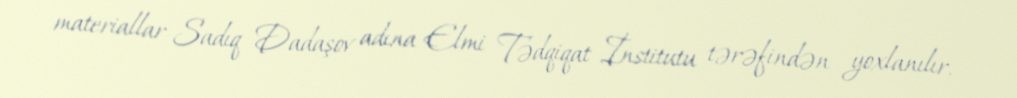
materiallar Sadıq Dadaşov adına Elmi Tədqiqat İnstitutu tərəfindən yoxlanılır.